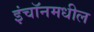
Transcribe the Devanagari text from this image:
इंचॉनमधील